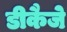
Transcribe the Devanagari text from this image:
डीकैजे